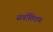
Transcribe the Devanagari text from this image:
सर्वातिशय